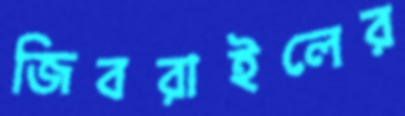
জিবরাইলের